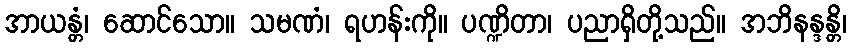
အာယန္တံ၊ ဆောင်သော။ သမဏံ၊ ရဟန်းကို။ ပဏ္ဍိတာ၊ ပညာရှိတို့သည်။ အဘိနန္ဒန္တိ၊